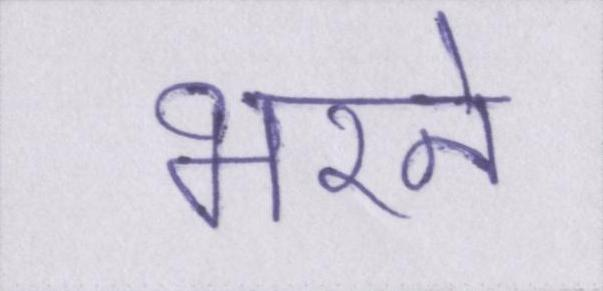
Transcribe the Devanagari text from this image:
भरने